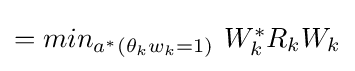
\textstyle =min_{a^{*}(\theta _{k}w_{k}=1)}\ W_{k}^{*}R_{k}W_{k}